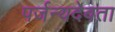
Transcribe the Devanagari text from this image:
पर्जन्यदेवता